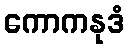
ကောကနုဒံ